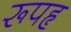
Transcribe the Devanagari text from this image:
रूपहृ